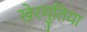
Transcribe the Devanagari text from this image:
खेरमुतिया